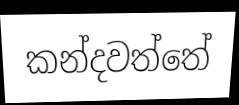
කන්දවත්තේ